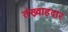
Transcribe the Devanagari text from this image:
तंख़्वाहदार